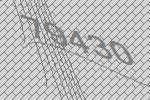
79430